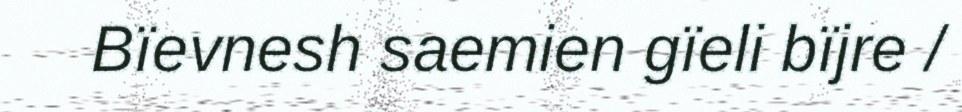
Bïevnesh saemien gïeli bïjre /